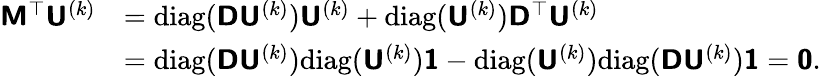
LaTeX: \begin{array}{rl}{\mathbf{\boldsymbol{\mathsf{M}}}^{\top}\mathbf{\boldsymbol{\mathsf{U}}}^{(k)}}&{=\mathrm{diag}(\mathbf{\boldsymbol{\mathsf{D}}}\mathbf{\boldsymbol{\mathsf{U}}}^{(k)})\mathbf{\boldsymbol{\mathsf{U}}}^{(k)}+\mathrm{diag}(\mathbf{\boldsymbol{\mathsf{U}}}^{(k)})\mathbf{\boldsymbol{\mathsf{D}}}^{\top}\mathbf{\boldsymbol{\mathsf{U}}}^{(k)}}\\ &{=\mathrm{diag}(\mathbf{\boldsymbol{\mathsf{D}}}\mathbf{\boldsymbol{\mathsf{U}}}^{(k)})\mathrm{diag}(\mathbf{\boldsymbol{\mathsf{U}}}^{(k)})\mathbf{\boldsymbol{\mathsf{1}}}-\mathrm{diag}(\mathbf{\boldsymbol{\mathsf{U}}}^{(k)})\mathrm{diag}(\mathbf{\boldsymbol{\mathsf{D}}}\mathbf{\boldsymbol{\mathsf{U}}}^{(k)})\mathbf{\boldsymbol{\mathsf{1}}}=\mathbf{\boldsymbol{\mathsf{0}}}.}\end{array}